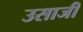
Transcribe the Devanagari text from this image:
उसाजी